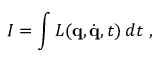
I = \int L ( \mathbf { q } , { \dot { \mathbf { q } } } , t ) \, d t ~ ,